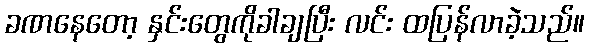
ခဏနေတော့ နှင်းတွေကိုခါချပြီး လင်း ထပြန်လာခဲ့သည်။